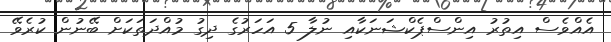
އެއްވެސް އިތުރު އިންސްޕެކްޝަނަކާއި ނުލާ 5 އަހަރުގެ ދިގު މުއްދަތަކަށް ބޭނުން ކުރެވޭ